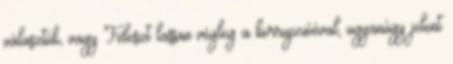
választók, vagy Fideszt lassan végleg a korrupcióéval, ugyanúgy jelent